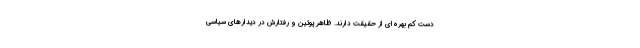
دست کم بهره‌ای از حقیقت دارند. ظاهر پوتین و رفتارش در دیدارهای سیاسی